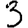
Digit: 3